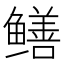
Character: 鳝